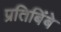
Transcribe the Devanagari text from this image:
प्रतिबिंबे